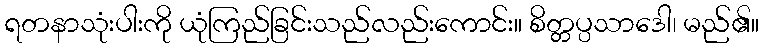
ရတနာသုံးပါးကို ယုံကြည်ခြင်းသည်လည်းကောင်း။ စိတ္တပ္ပသာဒေါ၊ မည်၏။